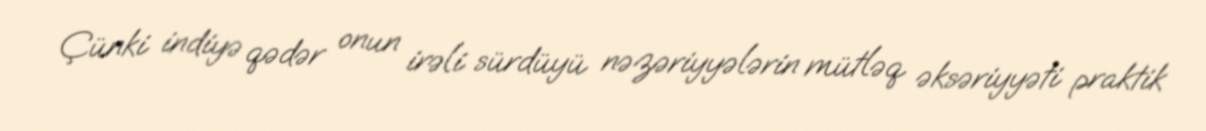
Çünki indiyə qədər onun irəli sürdüyü nəzəriyyələrin mütləq əksəriyyəti praktik